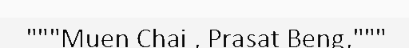
"""Muen Chai , Prasat Beng,"""